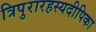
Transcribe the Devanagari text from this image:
त्रिपुरारहस्यदीपिका